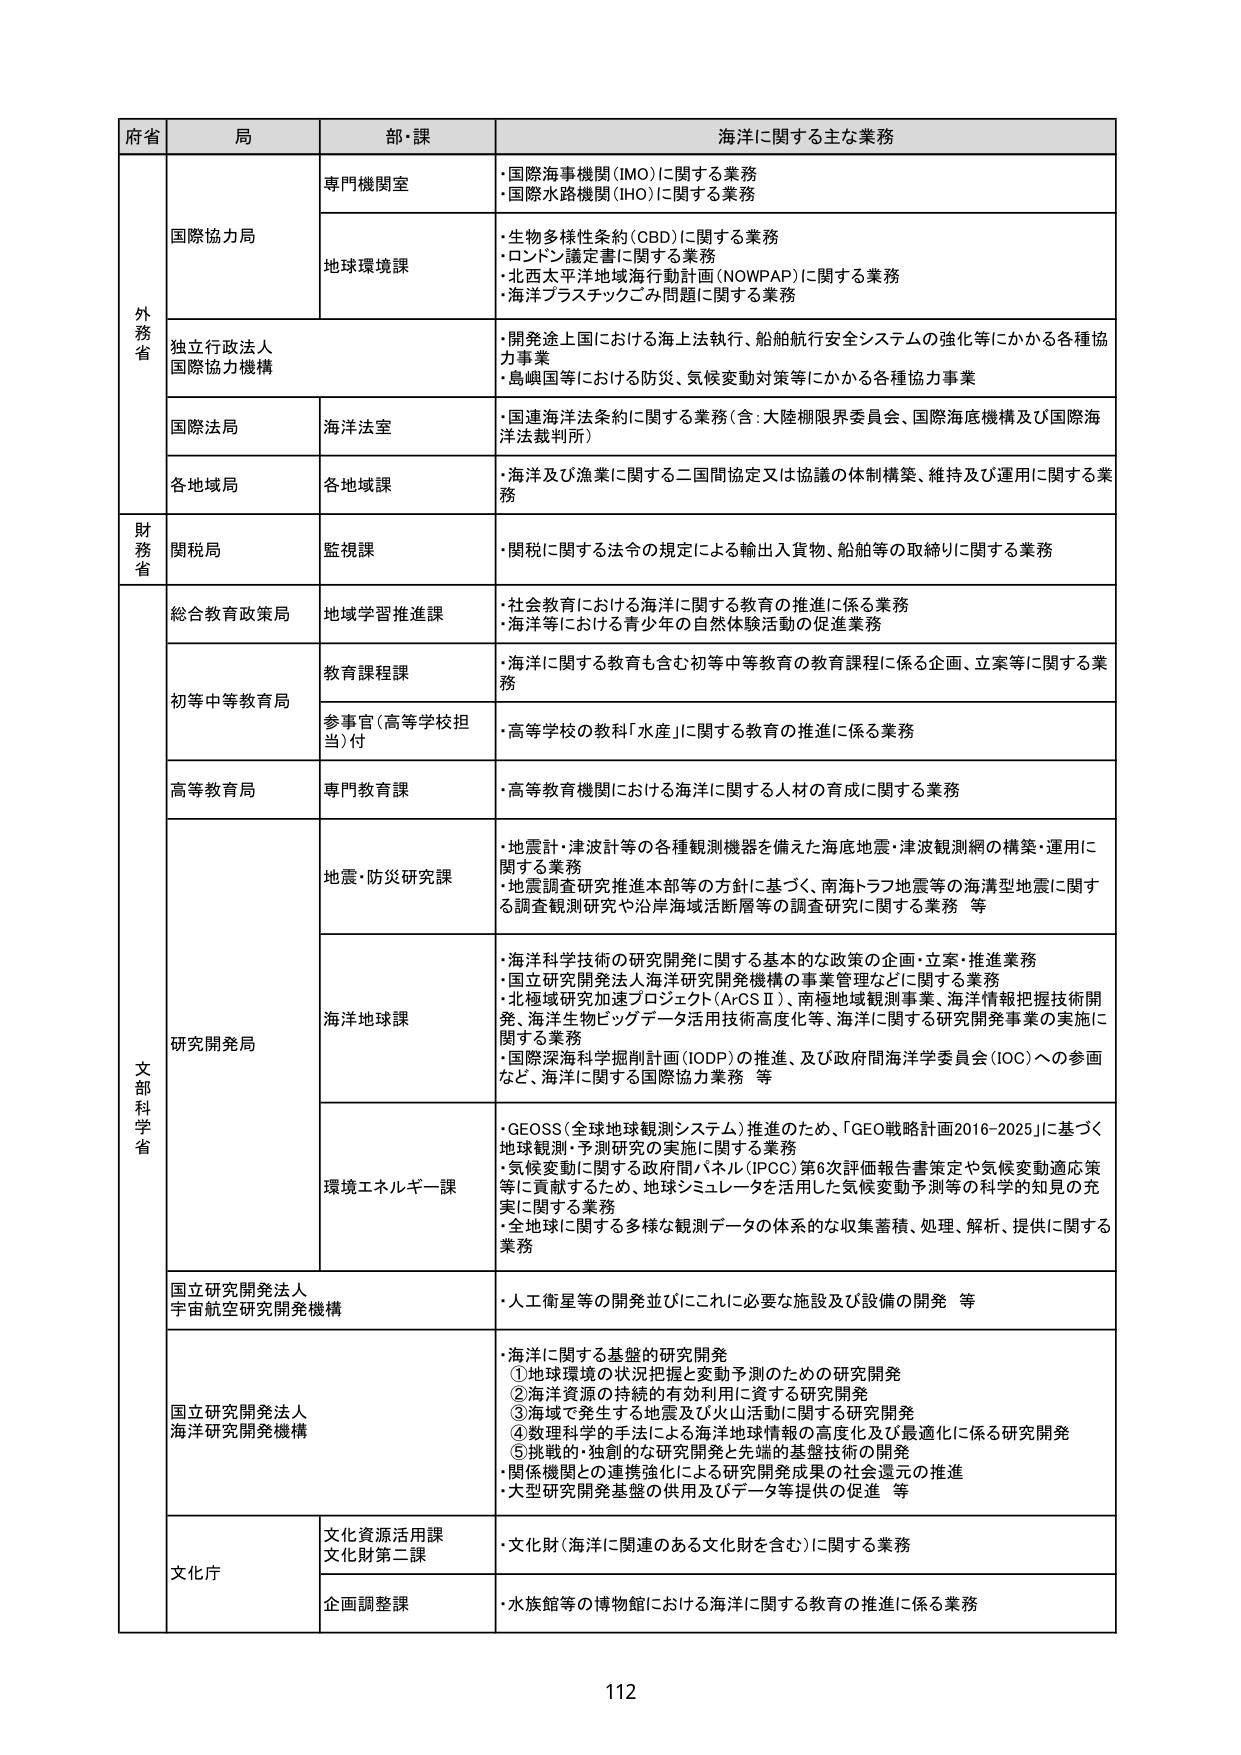
府省 局 部・課 海洋に関する主な業務
外務省 国際協力局 専門機関室 ・国際海事機関(IMO)に関する業務 ・国際水路機関(IHO)に関する業務
地球環境課 ・生物多様性条約(CBD)に関する業務 ・ロンドン議定書に関する業務 ・北西太平洋地域海洋行動計画(NOWPAP)に関する業務 ・海洋プラスチックごみ問題に関する業務
独立行政法人 国際協力機構 ・開発途上国における海上法執行、船舶航行安全システムの強化等にかかる各種協力事業 ・島嶼国等における防災、気候変動対策等にかかる各種協力事業
国際法局 海洋法室 ・国連海洋法条約に関する業務（含：大陸棚限界委員会、国際海底機構及び国際海洋法裁判所）
各地域局 各地域課 ・海洋及び漁業に関する二国間協定又は協議の体制構築、維持及び運用に関する業務
財務省 関税局 監視課 ・関税に関する法令の規定による輸出入貨物、船舶等の取締りに関する業務
文部科学省 総合教育政策局 地域学習推進課 ・社会教育における海洋に関する教育の推進に係る業務 ・海洋等における青少年の自然体験活動の促進業務
初等中等教育局 教育課程課 ・海洋に関する教育も含む初等中等教育の教育課程に係る企画、立案等に関する業務
参事官（高等学校担当）付 ・高等学校の教科「水産」に関する教育の推進に係る業務
高等教育局 専門教育課 ・高等教育機関における海洋に関する人材の育成に関する業務
研究開発局 地震・防災研究課 ・地震計・津波計等の各種観測機器を備えた海底地震・津波観測網の構築・運用に関する業務 ・地震調査研究推進本部等の方針に基づく、南海トラフ地震等の海洋型地震に関する調査観測研究や沿岸海域活断層等の調査研究に関する業務 等
海洋地球課 ・海洋科学技術の研究開発に関する基本的な政策の企画・立案・推進業務 ・国立研究開発法人海洋研究開発機構の事業管理などに関する業務 ・北極域研究加速プロジェクト(ArCSⅡ)、南極地域観測事業、海洋情報把握技術開発、海洋生物ビッグデータ活用技術高度化等、海洋に関する研究開発事業の実施に関する業務 ・国際深海科学掘削計画(IODP)の推進、及び政府間海洋学委員会(IOC)への参画など、海洋に関する国際協力業務 等
環境エネルギー課 ・GEOSS（全球地球観測システム）推進のため、「GEO戦略計画2016-2025」に基づく地球観測・予測研究の実施に関する業務 ・気候変動に関する政府間パネル(IPCC)第6次評価報告書策定や気候変動適応策等に貢献するため、地球シミュレータを活用した気候変動予測等の科学的知見の充実に関する業務 ・全地球に関する多様な観測データの体系的な収集蓄積、処理、解析、提供に関する業務
国立研究開発法人 宇宙航空研究開発機構 ・人工衛星等の開発並びにこれに必要な施設及び設備の開発 等
国立研究開発法人 海洋研究開発機構 ・海洋に関する基盤的研究開発 ①地球環境の状況把握と変動予測のための研究開発 ②海洋資源の持続的有効利用に資する研究開発 ③海域で発生する地震及び火山活動に関する研究開発 ④数理科学的手法による海洋地球情報の高度化及び最適化に係る研究開発 ⑤挑戦的・独創的な研究開発と先端的基盤技術の開発 ・関係機関との連携強化による研究開発成果の社会還元の推進 ・大型研究開発基盤の供用及びデータ等提供の促進 等
文化庁 文化資源活用課 文化財第二課 ・文化財（海洋に関連のある文化財を含む）に関する業務
企画調整課 ・水族館等の博物館における海洋に関する教育の推進に係る業務
112